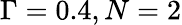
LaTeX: \Gamma=0.4,N=2